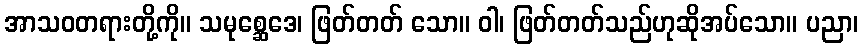
အာသဝတရားတို့ကို။ သမုစ္ဆေဒေ၊ ဖြတ်တတ် သော။ ဝါ၊ ဖြတ်တတ်သည်ဟုဆိုအပ်သော။ ပညာ၊